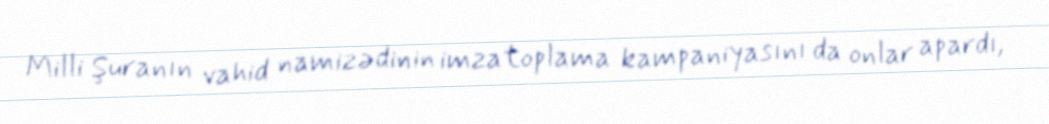
Milli Şuranın vahid namizədinin imzatoplama kampaniyasını da onlar apardı,